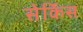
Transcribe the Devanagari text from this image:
सेर्किस